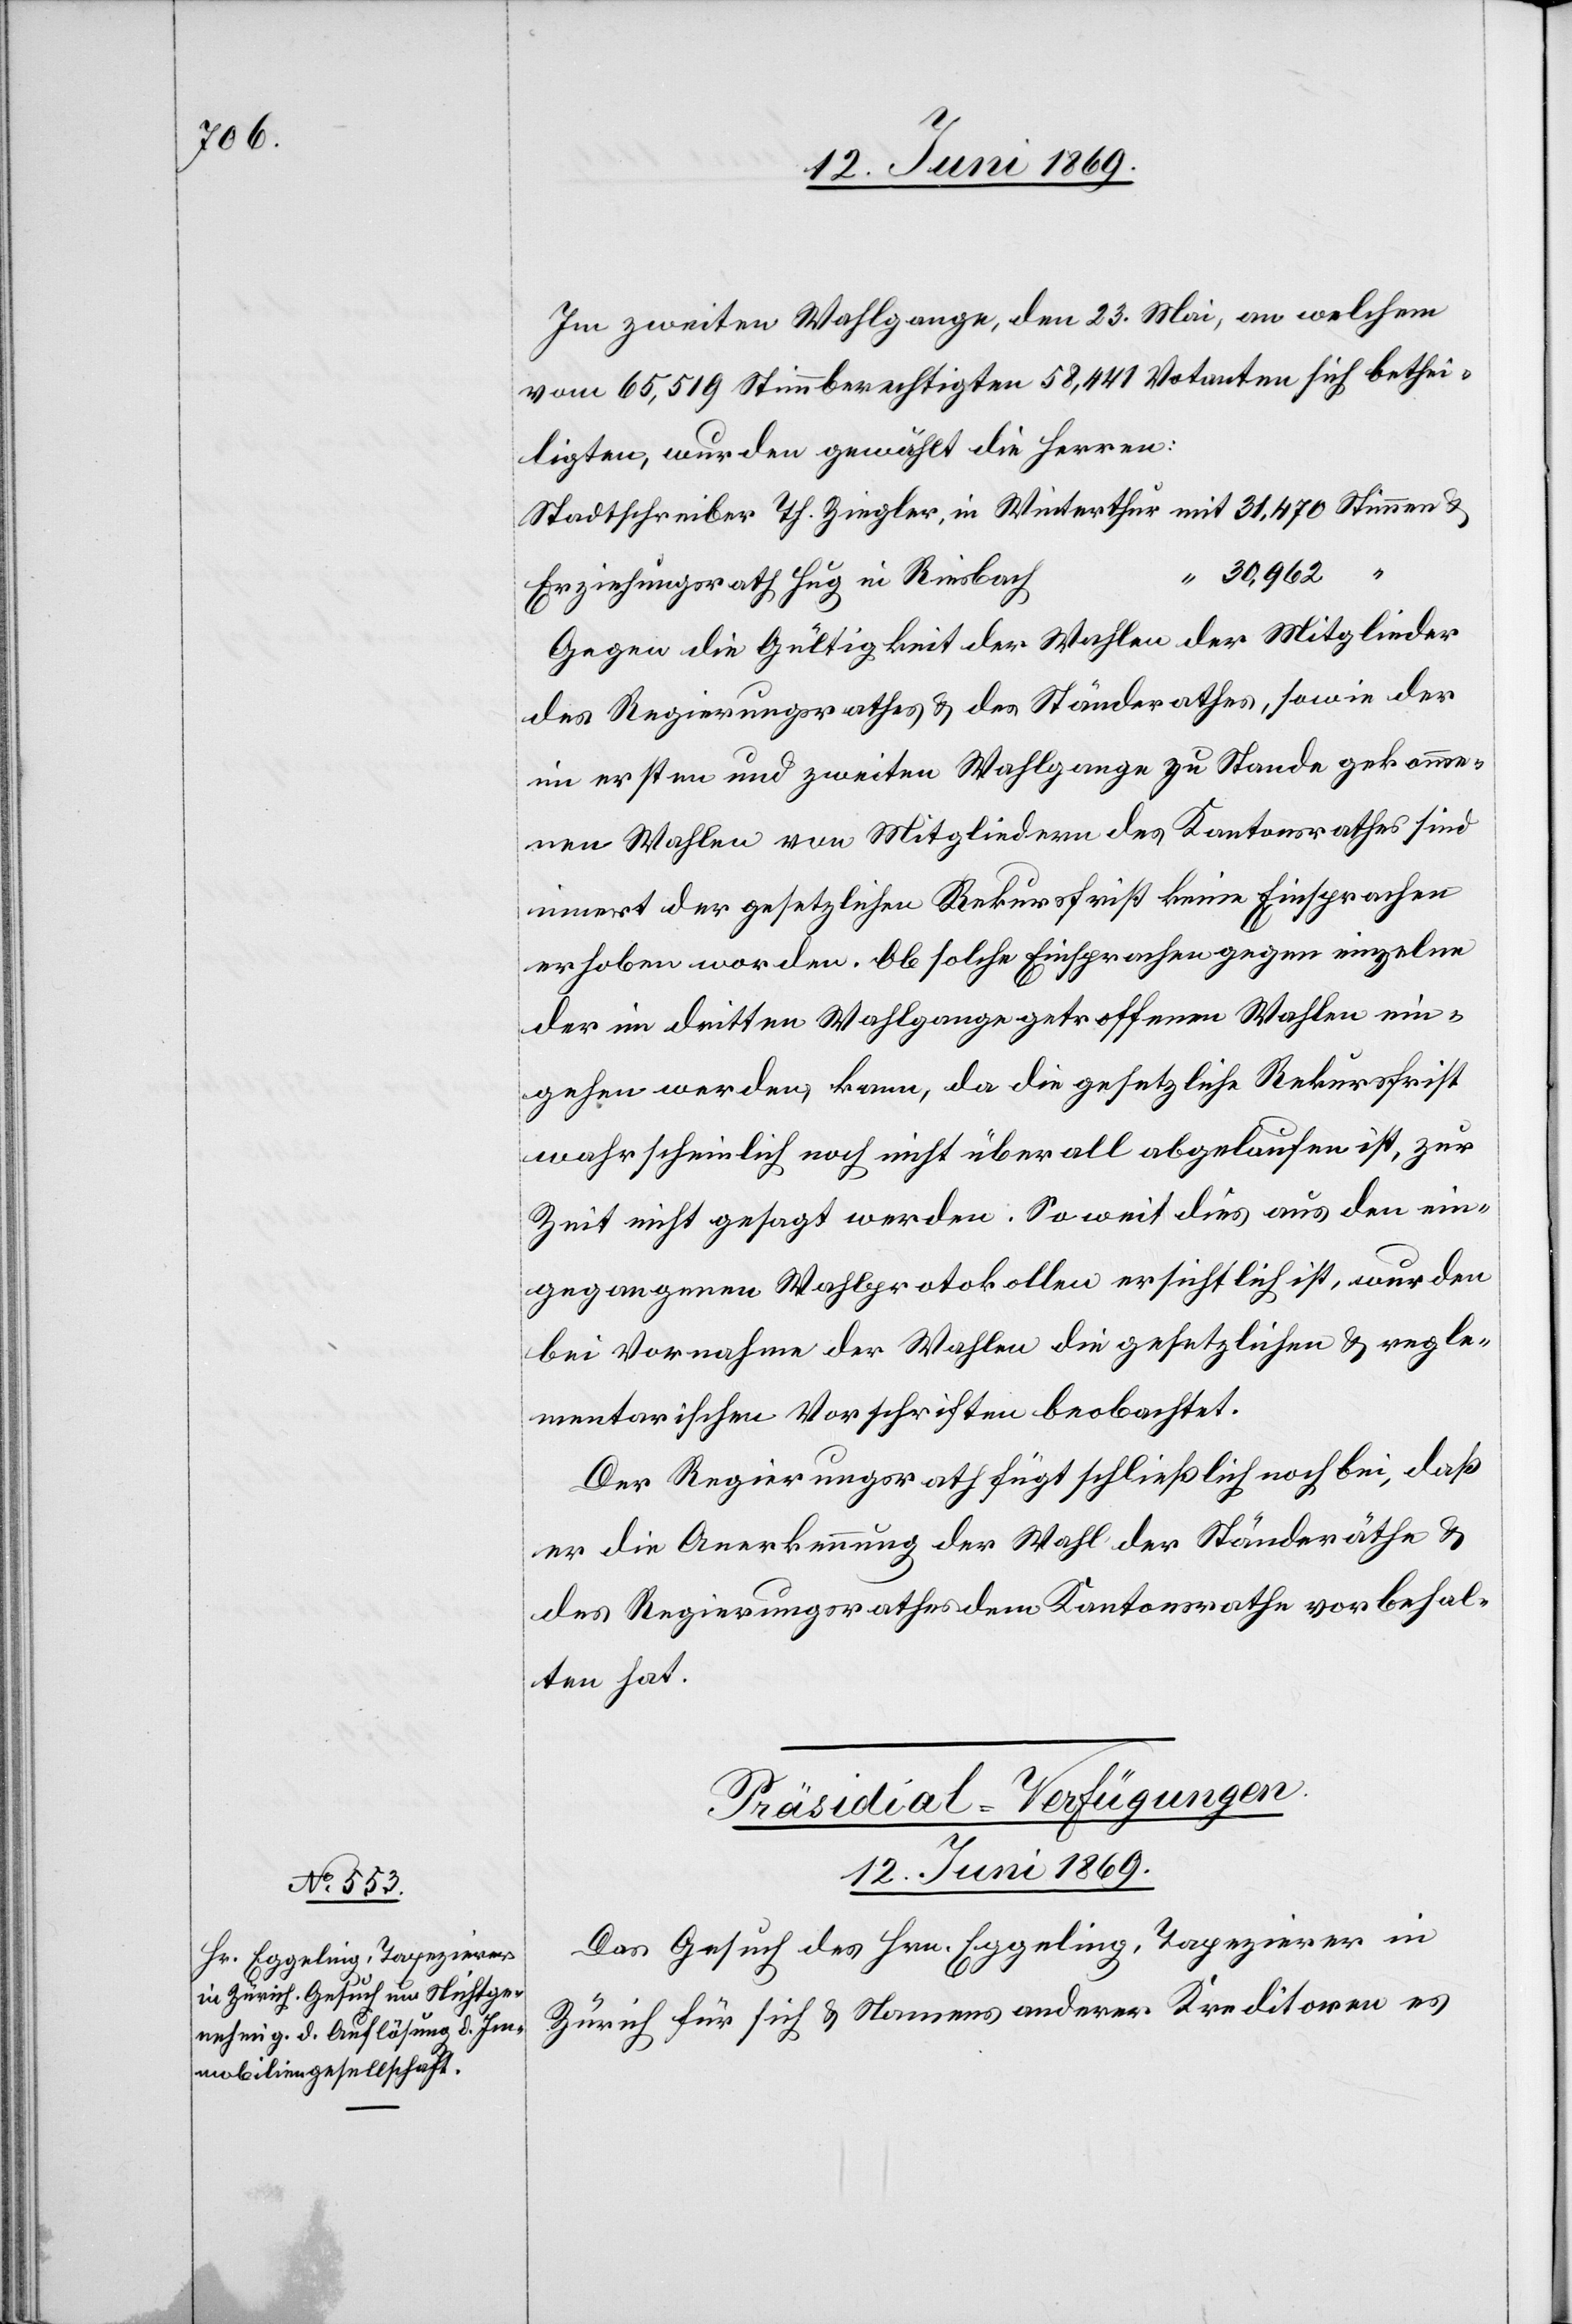
Im zweiten Wahlgange, den 23. Mai, an welchem
65,619 Stimmberechtigten 58,441 Votanten sich bethei¬
ligten, wurden gewählt die Herren:
Stadtschreiber Th. Ziegler, in Winterthur mit 31,470 Stimmen
u.
30,962
Erziehungsrath Hug in Riesbach	“
Gegen die Gültigkeit der Wahlen der Mitglieder
des Regierungsrathes u. des Ständerathes, sowie der
im ersten und zweiten Wahlgange zu Stande gekomme¬
nen Wahlen von Mitgliedern des Kantonsrathes sind
innert der gesetzlichen Rekursfrist keine Einsprachen
erhoben worden. Ob solche Einsprachen gegen einzelne
der im dritten Wahlgange getroffenen Wahlen ein¬
gehen werden, kann, da die gesetzliche Rekursfrist
wahrscheinlich noch nicht überall abgelaufen ist, zur
Zeit nicht gesagt werden: Soweit dies aus den ein¬
gegangenen Wahlprotokollen ersichtlich ist, wurden
bei Vornahme der Wahlen die gesetzlichen u. regle¬
mentarischen Vorschriften beobachtet.
Der Regierungsrath fügt schließlich noch bei, daß
er die Anerkennung der Wahl der Ständeräthe u.
des Regierungsrathes dem Kantonsrathe vorbehal¬
ten hat.
Präsidial-Verfügungen.
12. Juni 1869.
Das Gesuch des Hrn. Eggeling, Tapezirer in
Zürich für sich u. Namens anderer Kreditoren es